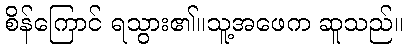
စိန်ကြောင် ရသွား၏။သူ့အဖေက ဆူသည်။